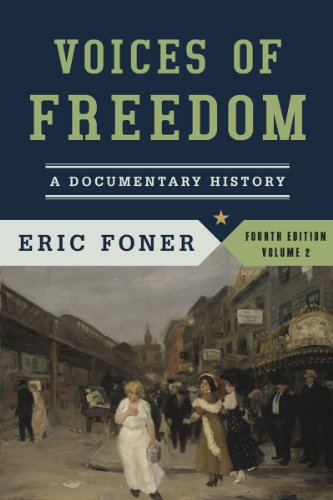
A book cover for Voices of Freedom: A Documentary History (Fourth Edition)  (Vol. 2); Eric Foner; Politics & Social Sciences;